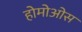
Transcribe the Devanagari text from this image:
होमोओस